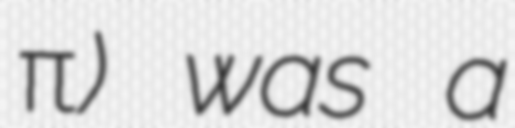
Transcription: Ἁδριανούπολις) was a